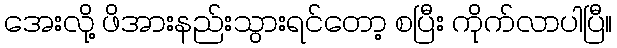
အေးလို့ ဖိအားနည်းသွားရင်တော့ စပြီး ကိုက်လာပါပြီ။